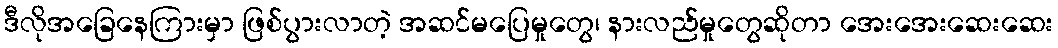
ဒီလိုအခြေနေကြားမှာ ဖြစ်ပွားလာတဲ့ အဆင်မပြေမှုတွေ၊ နားလည်မှုတွေဆိုတာ အေးအေးဆေးဆေး